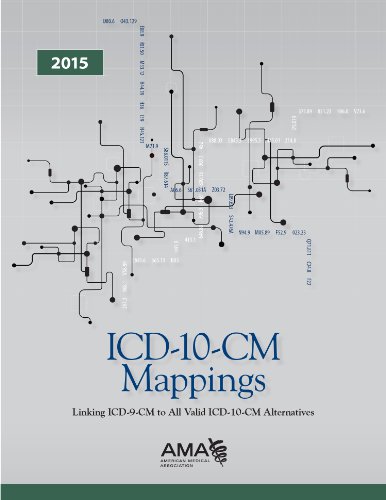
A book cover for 2015 ICD-10-CM Mappings; AMA; Medical Books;